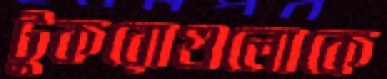
টুকরোগুলোকে